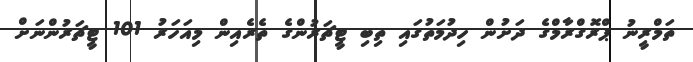
ތަމްރީނު ޕްރޮގްރާމްގެ ދަށުން ހިދުމަތުގައި ތިބި ޓީޗަރުންގެ ތެރެއިން މިއަހަރު 101 ޓީޗަރުންނަށް